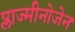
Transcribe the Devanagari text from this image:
प्लाज्मीनोजेन